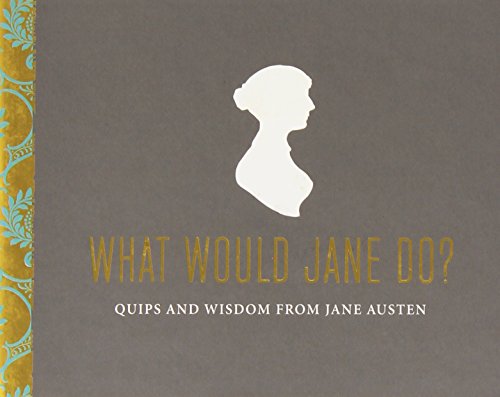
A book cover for What Would Jane Do?: Quips and Wisdom from Jane Austen; Potter Style; Arts & Photography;